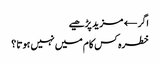
اگر← مزید پڑھیے
خطرہ کس کام میں نہیں ہوتا ؟